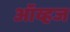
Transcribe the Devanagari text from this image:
ऑव्हज